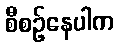
စီစဉ်နေပါက